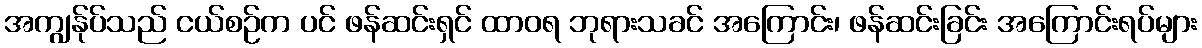
အကျွန်ုပ်သည် ငယ်စဉ်က ပင် ဖန်ဆင်းရှင် ထာဝရ ဘုရားသခင် အကြောင်း၊ ဖန်ဆင်းခြင်း အကြောင်းရပ်များ